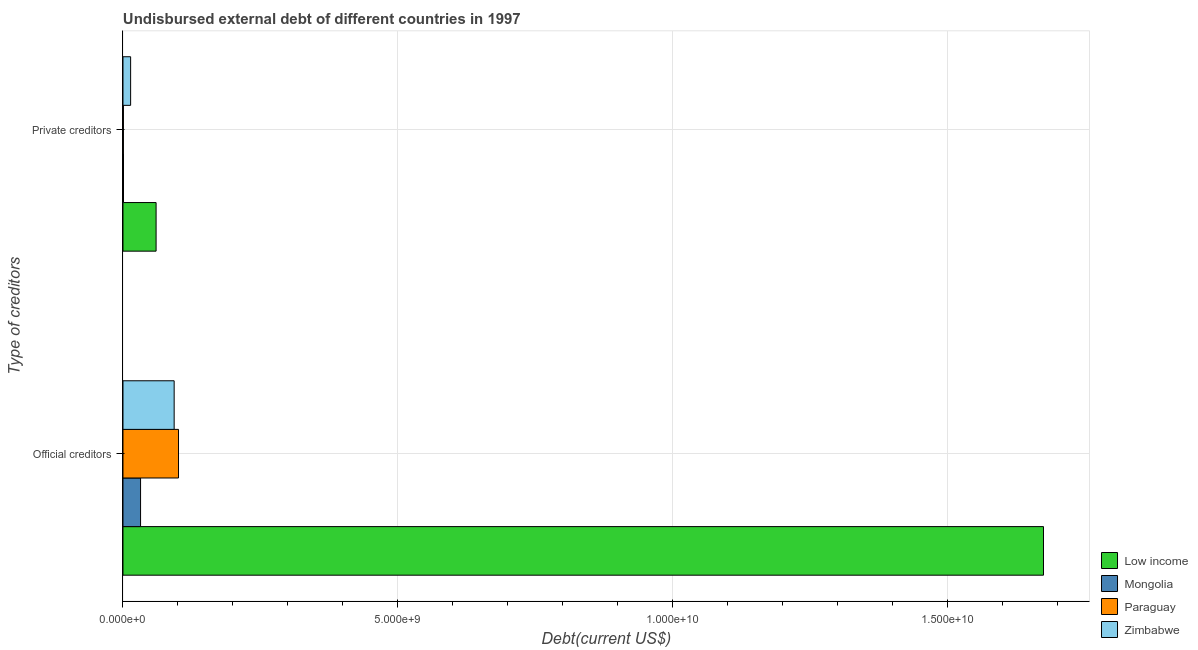
| Type of creditors | Low income | Mongolia | Paraguay | Zimbabwe |
 | --- | --- | --- | --- | --- |
 | Official creditors | 1.67e+10 | 3.2e+08 | 1.01e+09 | 9.31e+08 |
 | Private creditors | 6.03e+08 | 9.36e+06 | 7.72e+06 | 1.39e+08 |